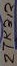
Text: ZTK312